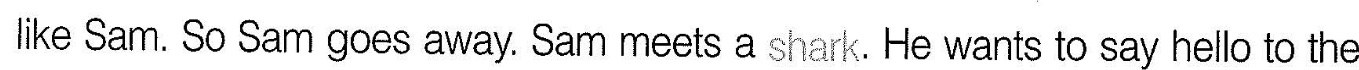
like Sam. So Sam goes away. Sammeets a shark. He wants to say hello to the